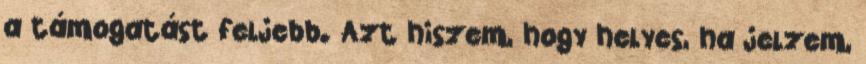
a támogatást feljebb. Azt hiszem, hogy helyes, ha jelzem,